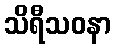
သိရီသဝနာ